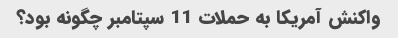
واکنش آمریکا به حملات 11 سپتامبر چگونه بود؟